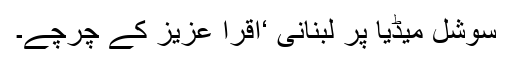
سوشل میڈیا پر لبنانی ‘اقرا عزیز کے چرچے۔